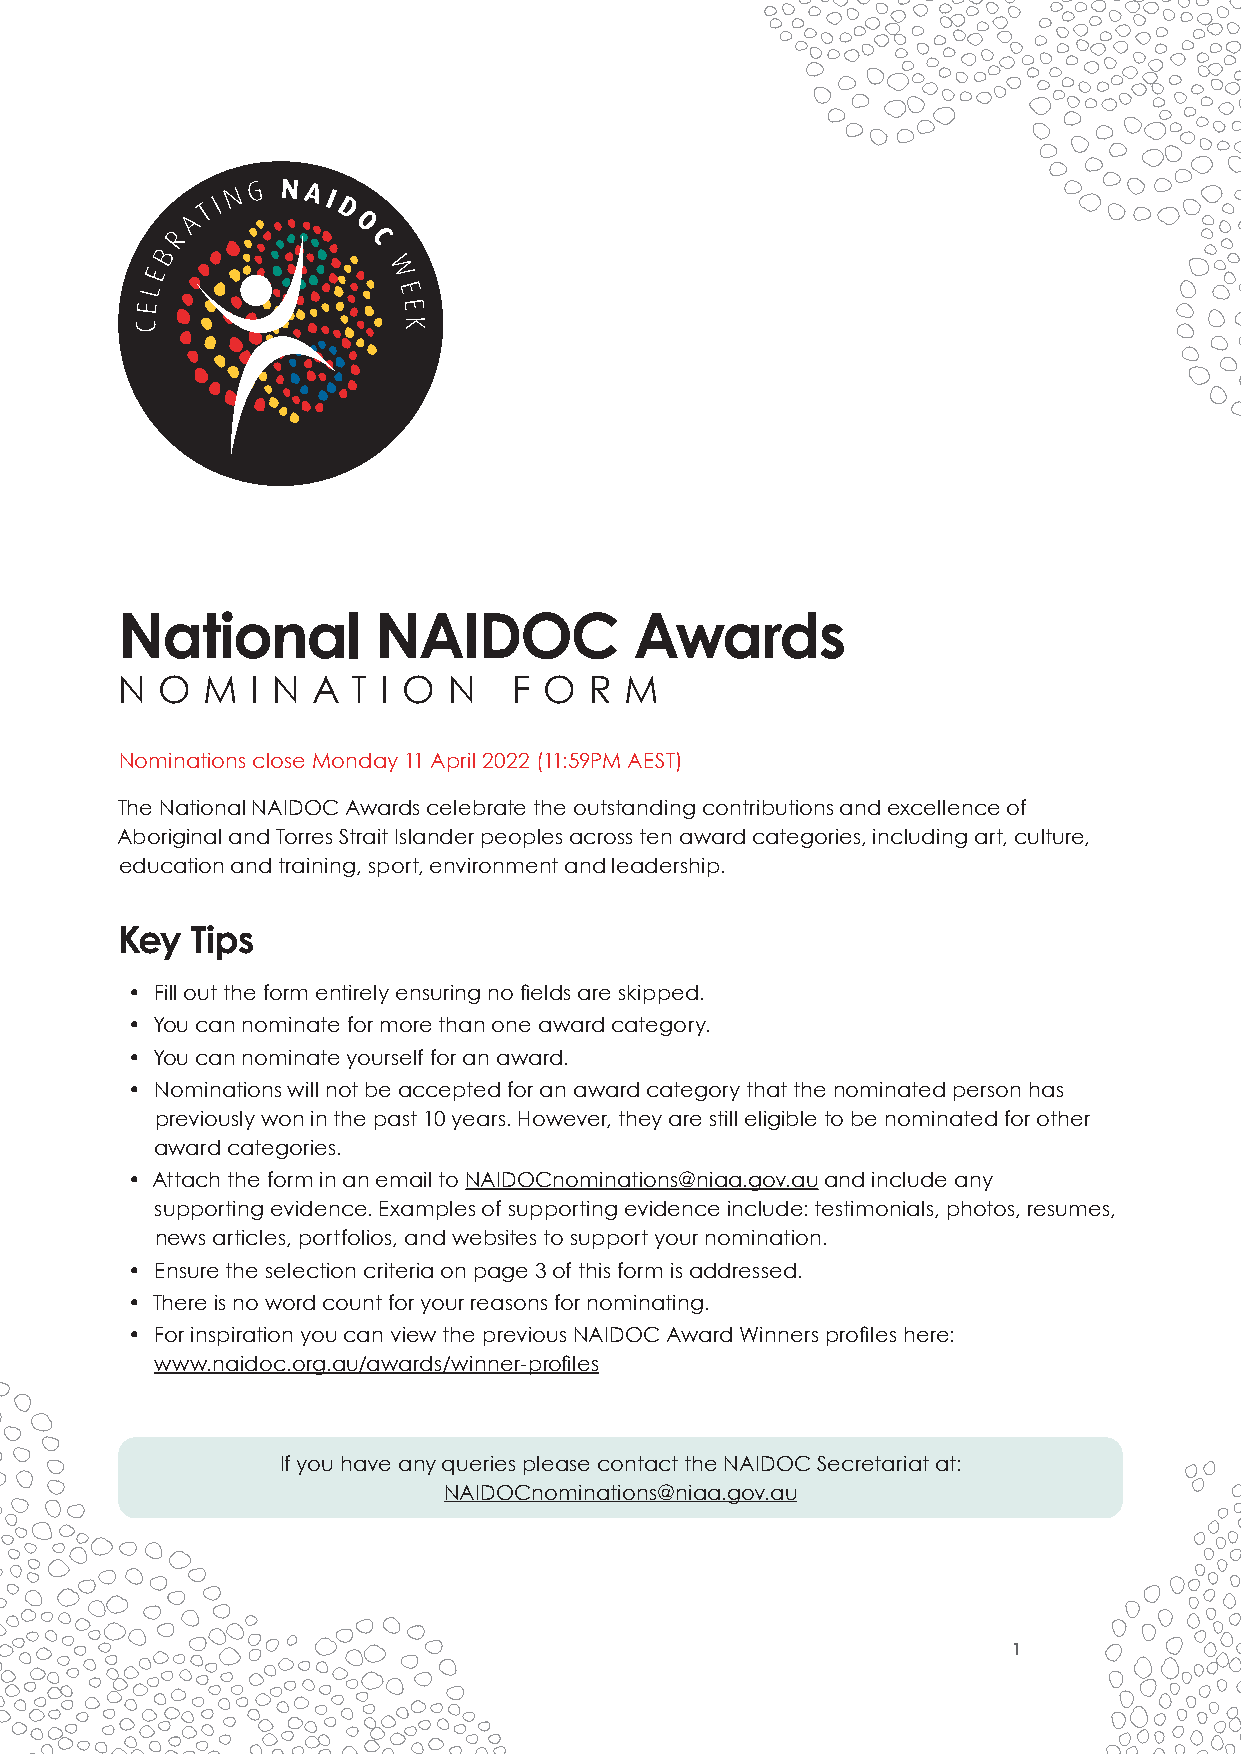
National         NAIDOC           Awards
 N O  M   I N A T I O  N   F O  R M
 Nominations close Monday 11 April 2022 (11:59PM AEST)
 The National NAIDOC Awards celebrate the outstanding contributions and excellence of
 Aboriginal and Torres Strait Islander peoples across ten award categories, including art, culture,
 education and training, sport, environment and leadership.
 Key  Tips
 • Fill out the form entirely ensuring no fields are skipped.
 • You can nominate for more than one award category.
 • You can nominate yourself for an award.
 • Nominations will not be accepted for an award category that the nominated person has
 previously won in the past 10 years. However, they are still eligible to be nominated for other
 award categories.
 • Attach the form in an email to NAIDOCnominations@niaa.gov.au and include any
 supporting evidence. Examples of supporting evidence include: testimonials, photos, resumes,
 news articles, portfolios, and websites to support your nomination.
 • Ensure the selection criteria on page 3 of this form is addressed.
 • There is no word count for your reasons for nominating.
 • For inspiration you can view the previous NAIDOC Award Winners profiles here:
 www.naidoc.org.au/awards/winner-profiles
 If you have any queries please contact the NAIDOC Secretariat at:
 NAIDOCnominations@niaa.gov.au
 1